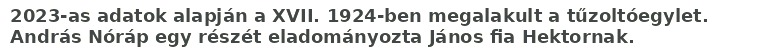
2023-as adatok alapján a XVII. 1924-ben megalakult a tűzoltóegylet. András Nóráp egy részét eladományozta János fia Hektornak.